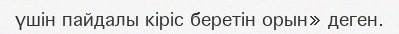
үшін пайдалы кіріс беретін орын» деген.